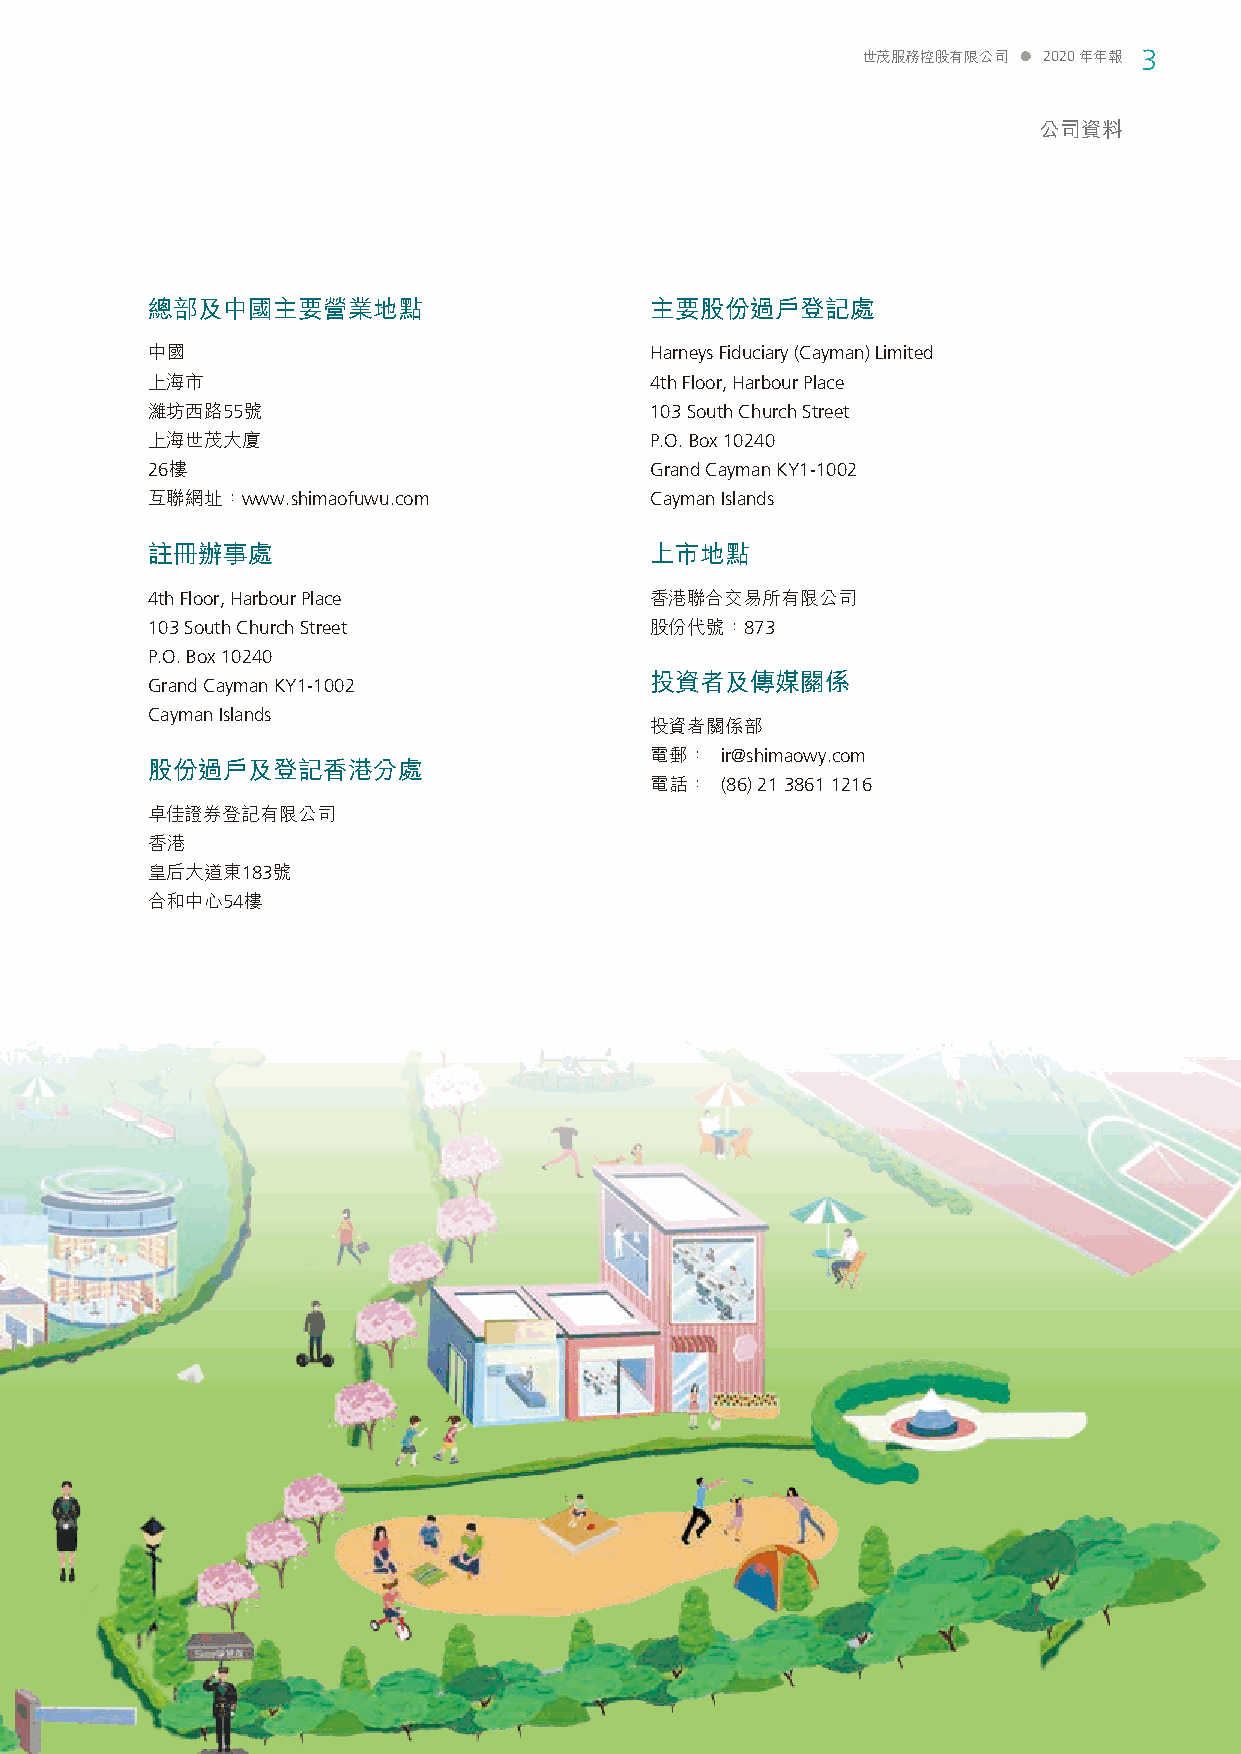
世茂服務控股有限公司  2020年年報 3
 公司資料
 總部及中國主要營業地點                      主要股份過戶登記處
 中國                               Harneys Fiduciary (Cayman) Limited
 上海市                              4th Floor, Harbour Place
 濰坊西路55號                          103 South Church Street
 上海世茂大廈                           P.O. Box 10240
 26樓                              Grand Cayman KY1-1002
 互聯網址：www.shimaofuwu.com          Cayman Islands
 註冊辦事處                            上市地點
 4th Floor, Harbour Place         香港聯合交易所有限公司
 103 South Church Street          股份代號：873
 P.O. Box 10240
 投資者及傳媒關係
 Grand Cayman KY1-1002
 Cayman Islands
 投資者關係部
 電郵：  ir@shimaowy.com
 股份過戶及登記香港分處
 電話：  (86) 21 3861 1216
 卓佳證券登記有限公司
 香港
 皇后大道東183號
 合和中心54樓